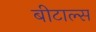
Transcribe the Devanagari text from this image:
बीटाल्स